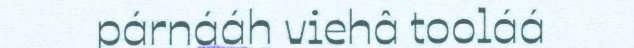
párnááh viehâ tooláá